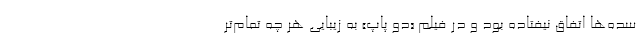
سده‌ها اتفاق نیفتاده بود و در فیلم «دو پاپ» به زیبایی هر چه تمام‌تر